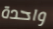
واحدة